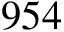
9 5 4